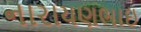
નારાયણભાઇ